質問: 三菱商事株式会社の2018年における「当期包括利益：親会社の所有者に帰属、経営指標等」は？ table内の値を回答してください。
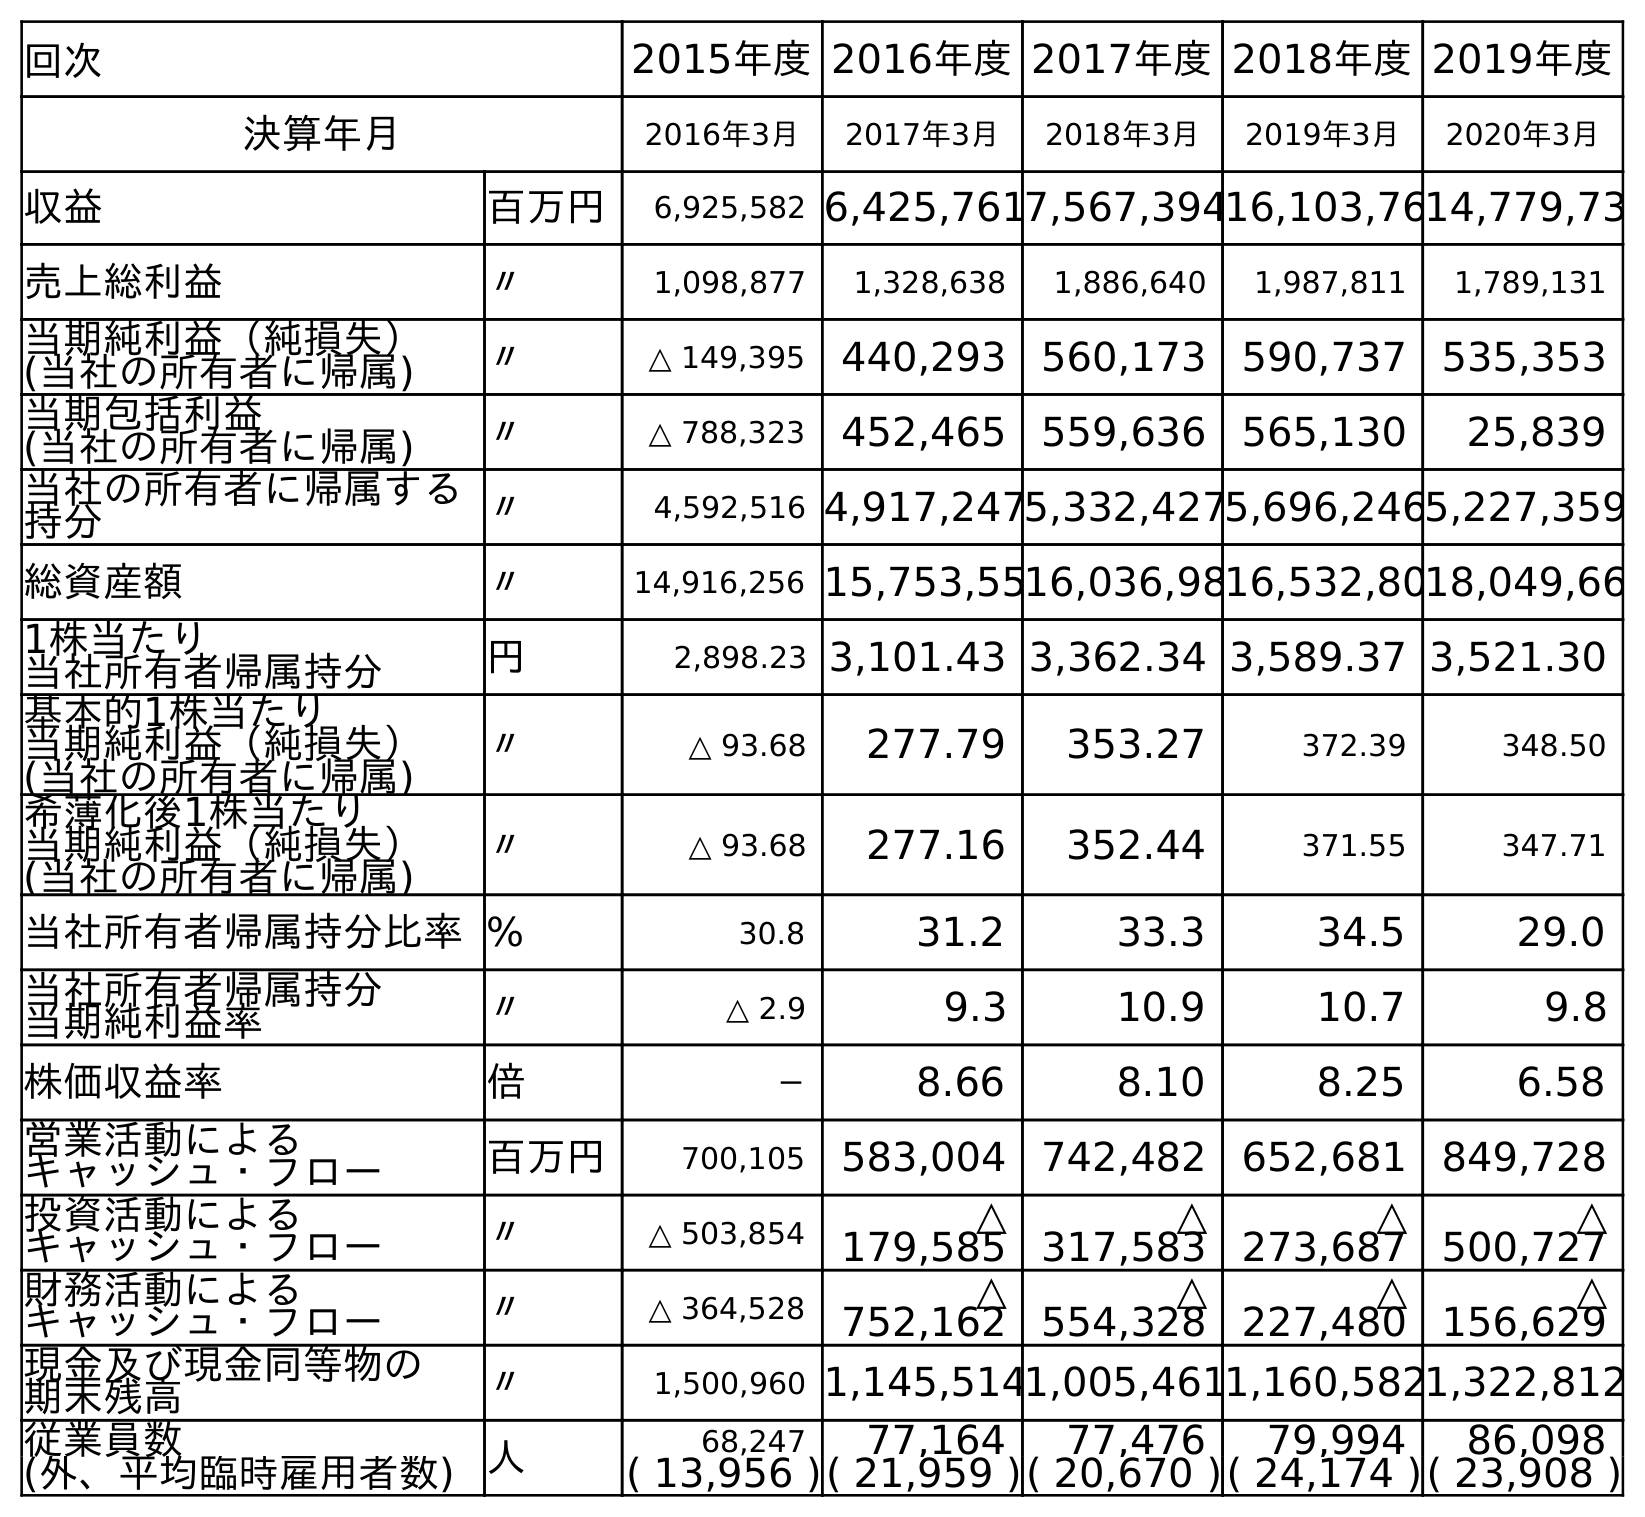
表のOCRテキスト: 回次 2015年度2016年度2017年度2018年度2019年度 決算年月 2016年3月 2017年3月 2018年3月 2019年3月 2020年3月 収益 百万円 6,925,582 6,425,7617,567,39416,103,7614,779,73 売上総利益 〃 1,098,877 1,328,638 1,886,640 1,987,811 1,789,131 当期純利益（純損失） (当社の所有者に帰属) 〃 △ 149,395 440,293 560,173 590,737 535,353 当期包括利益 (当社の所有者に帰属) 〃 △ 788,323 452,465 559,636 565,130 25,839 当社の所有者に帰属する 持分 〃 4,592,516 4,917,2475,332,4275,696,2465,227,359 総資産額 〃 14,916,256 15,753,5516,036,9816,532,8018,049,66 1株当たり 当社所有者帰属持分 円 2,898.23 3,101.43 3,362.34 3,589.37 3,521.30 基本的1株当たり 当期純利益（純損失） (当社の所有者に帰属) 〃 △ 93.68 277.79 353.27 372.39 348.50 希薄化後1株当たり 当期純利益（純損失） (当社の所有者に帰属) 〃 △ 93.68 277.16 352.44 371.55 347.71 当社所有者帰属持分比率% 30.8 31.2 33.3 34.5 29.0 当社所有者帰属持分 当期純利益率 〃 △ 2.9 9.3 10.9 10.7 9.8 株価収益率 倍 － 8.66 8.10 8.25 6.58 営業活動による キャッシュ・フロー 百万円 700,105 583,004 742,482 652,681 849,728 投資活動による キャッシュ・フロー 〃 △ 503,854 △ 179,585 △ 317,583 △ 273,687 △ 500,727 財務活動による キャッシュ・フロー 〃 △ 364,528 △ 752,162 △ 554,328 △ 227,480 △ 156,629 現金及び現金同等物の 期末残高 〃 1,500,960 1,145,5141,005,4611,160,5821,322,812 従業員数 人 68,247 77,164 77,476 79,994 86,098 (外、平均臨時雇用者数) ( 13,956 )( 21,959 )( 20,670 )( 24,174 )( 23,908 )
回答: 559,636